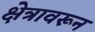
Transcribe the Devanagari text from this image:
क्षेत्रावरून